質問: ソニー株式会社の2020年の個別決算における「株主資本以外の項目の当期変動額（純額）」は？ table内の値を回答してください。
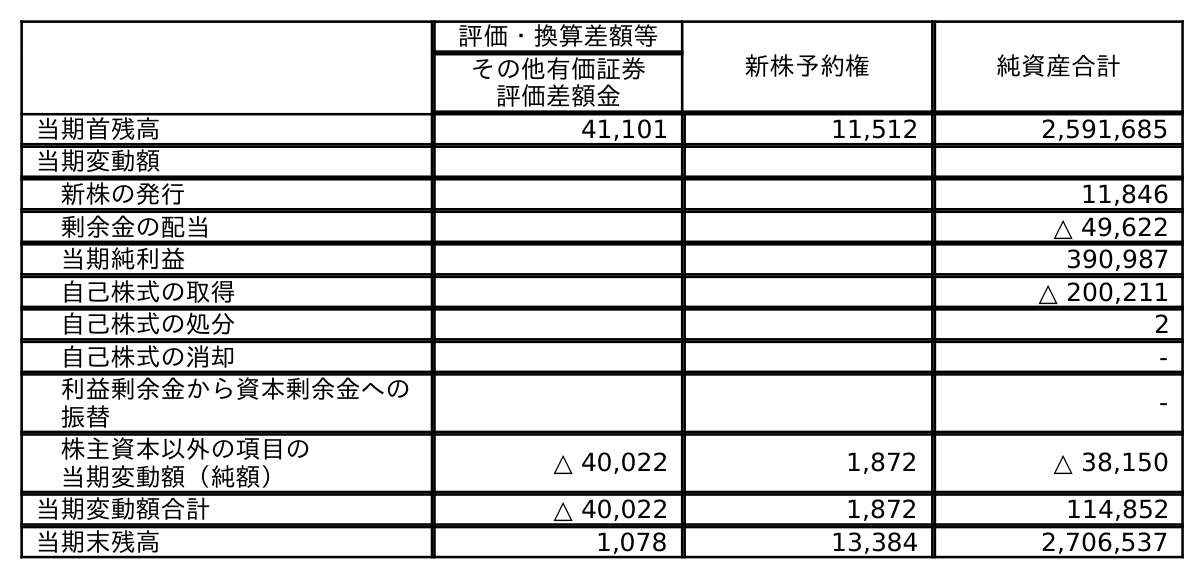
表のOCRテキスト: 評価・換算差額等 新株予約権 純資産合計 その他有価証券 評価差額金 当期首残高 41,101 11,512 2,591,685 当期変動額 新株の発行 11,846 剰余金の配当 △ 49,622 当期純利益 390,987 自己株式の取得 △ 200,211 自己株式の処分 2 自己株式の消却 - 利益剰余金から資本剰余金への 振替 - 株主資本以外の項目の 当期変動額（純額） △ 40,022 1,872 △ 38,150 当期変動額合計 △ 40,022 1,872 114,852 当期末残高 1,078 13,384 2,706,537
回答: △38,150